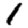
Digit: 1